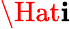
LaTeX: \Hat{\mathbf{i}}